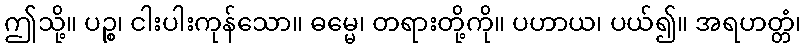
ဤသို့။ ပဉ္စ၊ ငါးပါးကုန်သော။ ဓမ္မေ၊ တရားတို့ကို။ ပဟာယ၊ ပယ်၍။ အရဟတ္တံ၊